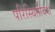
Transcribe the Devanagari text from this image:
परिस्थितीवश